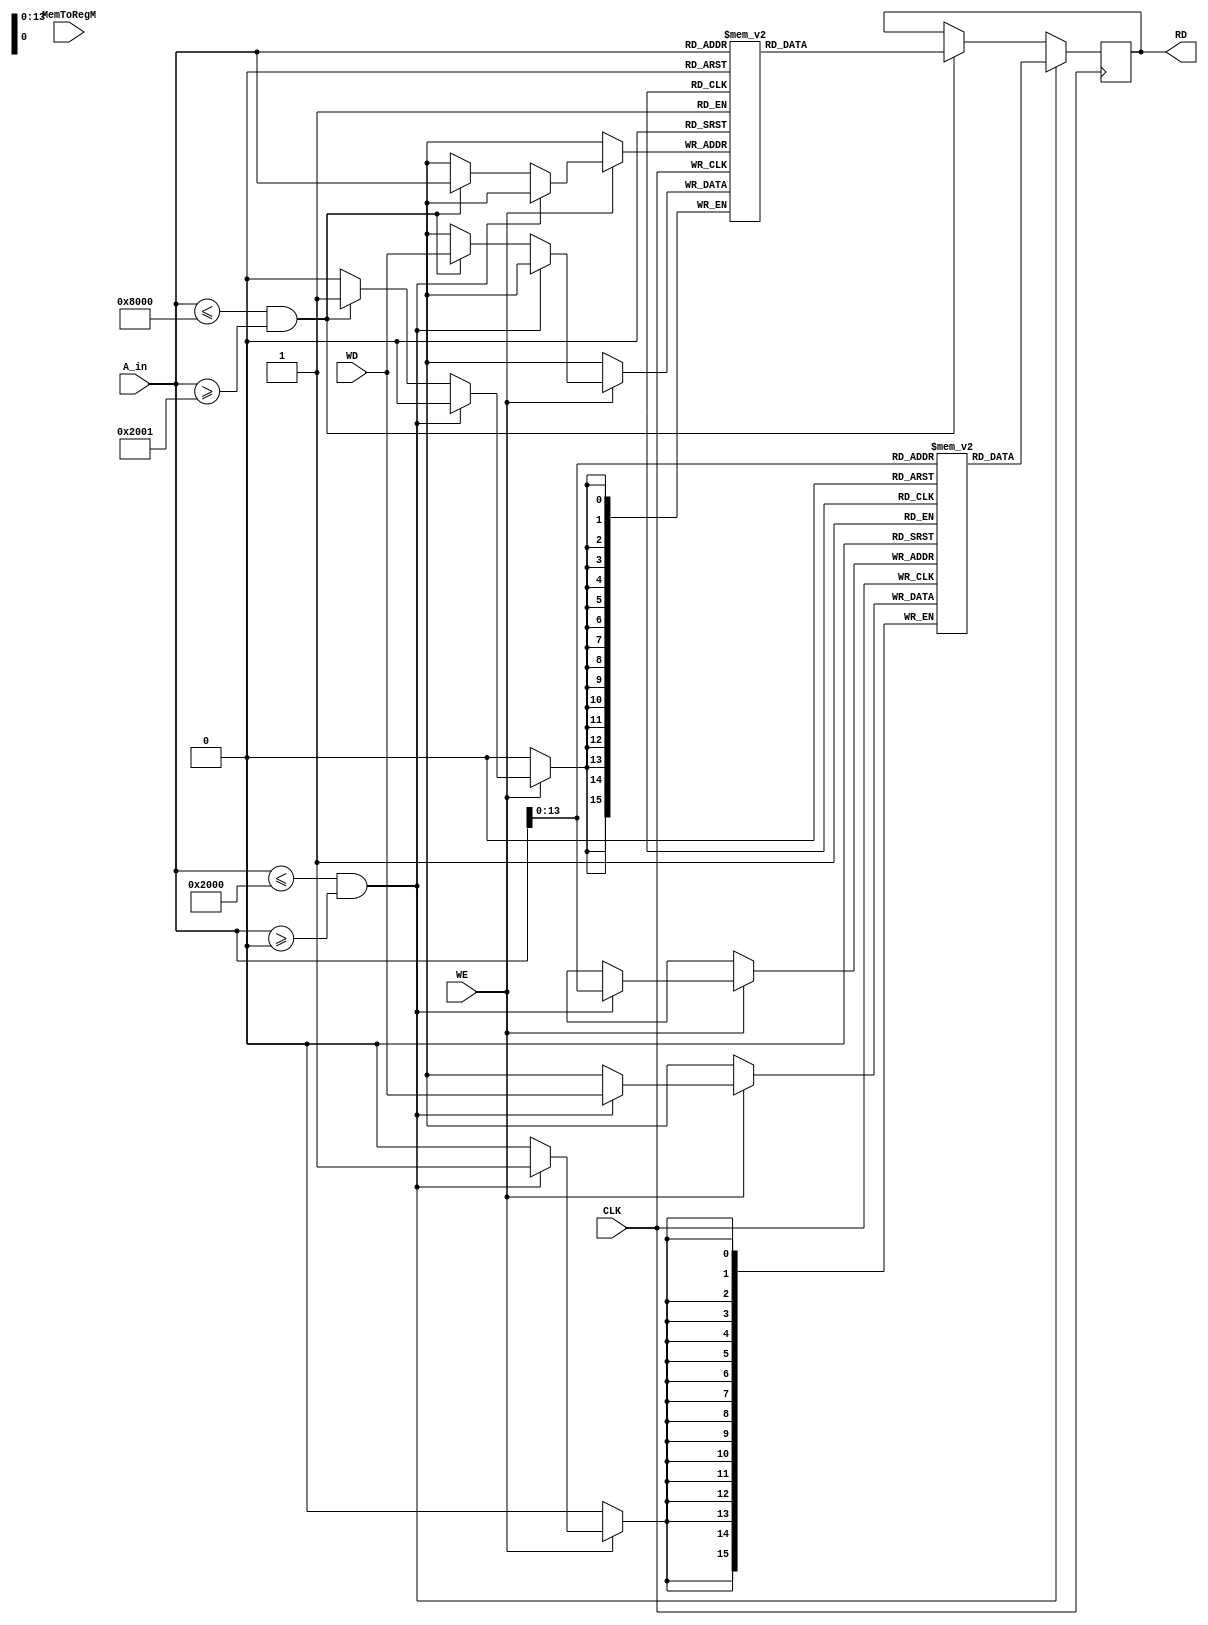



module Memory(input [15:0] A_in, WD, input WE, CLK, MemToRegM, output reg [15:0] RD);
	
	reg [15:0] text[16'b0000000000000000:16'b0010000000000000]; // 1kB text 00000000 up
	reg [15:0] data[16'b0010000000000001:16'b1000000000000000]; // 3kB data starting from top of text going up
	
	
	wire [15:0] A;

	assign A = A_in;
	
	always @(posedge CLK) begin
	if (A <= 16'b0010000000000000 && A >= 16'b0000000000000000) begin
		RD <= text[A];
	end else if (A <= 16'b1000000000000000 && A >= 16'b0010000000000001) begin
		RD <= data[A];
	end 
	
	if (WE) begin // MemWrite signal
		if (A <= 16'b0010000000000000 && A >= 16'b0000000000000000) begin
			text[A] <= WD;
		end else if (A <= 16'b1000000000000000 && A >= 16'b0010000000000001) begin
			data[A] <= WD;
			end
		end
	end 
endmodule